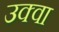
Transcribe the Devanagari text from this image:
उक्वा